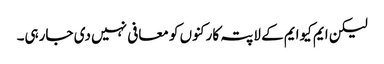
لیکن ایم کیوایم کے لاپتہ کارکنوں کو معافی نہیں دی جارہی۔